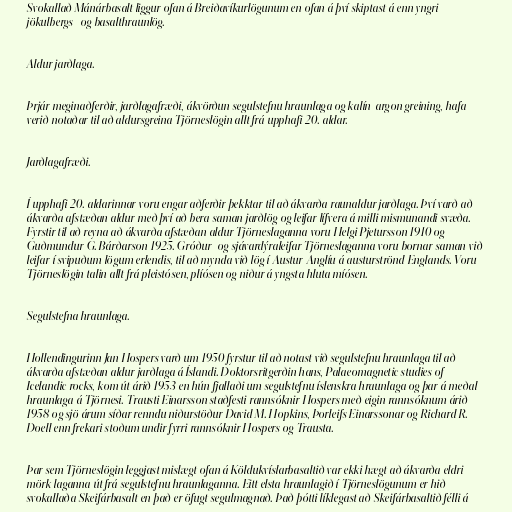
Svokallað Mánárbasalt liggur ofan á Breiðavíkurlögunum en ofan á því skiptast á enn yngri
jökulbergs- og basalthraunlög.

Aldur jarðlaga.

Þrjár meginaðferðir, jarðlagafræði, ákvörðun segulstefnu hraunlaga og kalín-argon greining, hafa
verið notaðar til að aldursgreina Tjörneslögin allt frá upphafi 20. aldar.

Jarðlagafræði.

Í upphafi 20. aldarinnar voru engar aðferðir þekktar til að ákvarða raunaldur jarðlaga. Því varð að
ákvarða afstæðan aldur með því að bera saman jarðlög og leifar lífvera á milli mismunandi svæða.
Fyrstir til að reyna að ákvarða afstæðan aldur Tjörneslaganna voru Helgi Pjetursson 1910 og
Guðmundur G. Bárðarson 1925. Gróður- og sjávardýraleifar Tjörneslaganna voru bornar saman við
leifar í svipuðum lögum erlendis, til að mynda við lög í Austur-Anglíu á austurströnd Englands. Voru
Tjörneslögin talin allt frá pleistósen, plíósen og niður á yngsta hluta míósen.

Segulstefna hraunlaga.

Hollendingurinn Jan Hospers varð um 1950 fyrstur til að notast við segulstefnu hraunlaga til að
ákvarða afstæðan aldur jarðlaga á Íslandi. Doktorsritgerðin hans, Palaeomagnetic studies of
Icelandic rocks, kom út árið 1953 en hún fjallaði um segulstefnu íslenskra hraunlaga og þar á meðal
hraunlaga á Tjörnesi. Trausti Einarsson staðfesti rannsóknir Hospers með eigin rannsóknum árið
1958 og sjö árum síðar renndu niðurstöður David M. Hopkins, Þorleifs Einarssonar og Richard R.
Doell enn frekari stoðum undir fyrri rannsóknir Hospers og Trausta.

Þar sem Tjörneslögin leggjast mislægt ofan á Köldukvíslarbasaltið var ekki hægt að ákvarða eldri
mörk laganna út frá segulstefnu hraunlaganna. Eitt elsta hraunlagið í Tjörneslögunum er hið
svokallaða Skeifárbasalt en það er öfugt segulmagnað. Það þótti líklegast að Skeifárbasaltið félli á